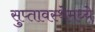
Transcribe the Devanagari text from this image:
सुप्‍तावस्थेमध्ये